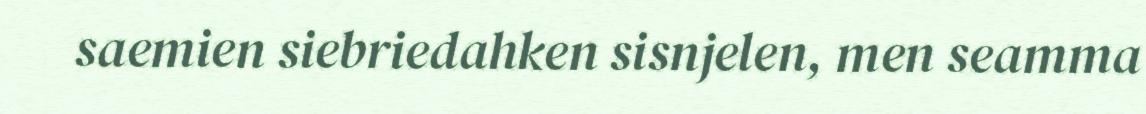
saemien siebriedahken sisnjelen, men seamma